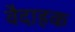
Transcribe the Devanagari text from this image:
वैदाहक